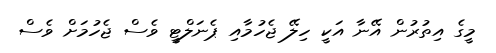
މީގެ އިތުރުން އޭނާ އަކީ ހިލޭ ޖެހުމާއި ޕެނަލްޓީ ވެސް ޖެހުމަށް ވެސް